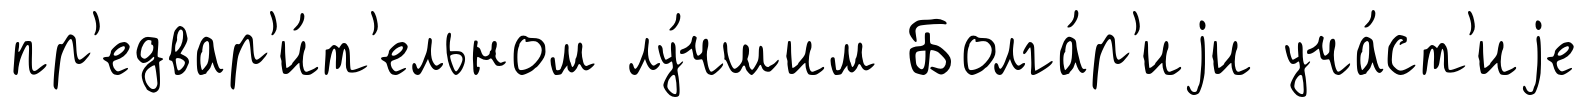
пр'едвар'и́т'ельном лу́чшим Болга́р'иjи уча́ст'иjе